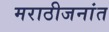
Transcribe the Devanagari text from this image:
मराठीजनांत